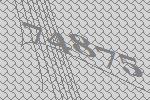
74875